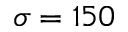
\sigma = 1 5 0